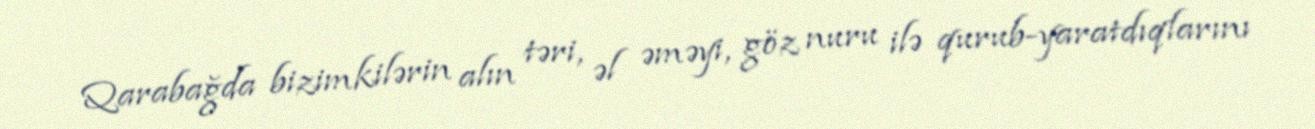
Qarabağda bizimkilərin alın təri, əl əməyi, göz nuru ilə qurub-yaratdıqlarını